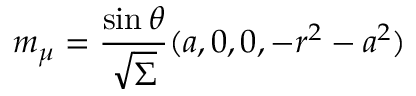
m _ { \mu } = \frac { \sin \theta } { \sqrt { \Sigma } } ( a , 0 , 0 , - r ^ { 2 } - a ^ { 2 } )